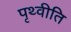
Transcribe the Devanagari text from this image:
पृथ्वीति